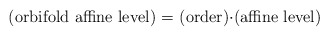
\begin{align*}\textup{(orbifold affine level) = (order)$\cdot$(affine level)} \end{align*}